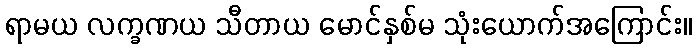
ရာမယ လက္ခဏယ သီတာယ မောင်နှစ်မ သုံးယောက်အကြောင်း။